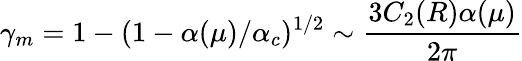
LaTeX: \gamma_{m}=1-(1-\alpha(\mu)/\alpha_{c})^{1/2}\sim\frac{3C_{2}(R)\alpha(\mu)}{2\pi}